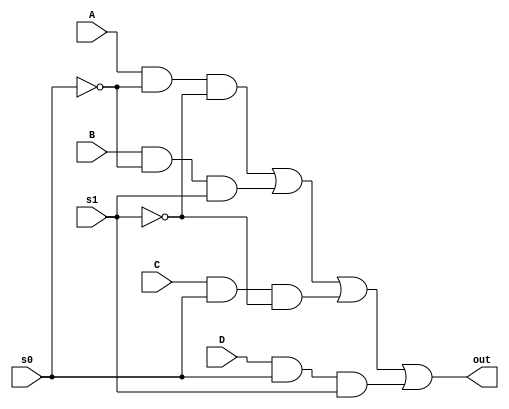
`timescale 1ns / 1ps
//////////////////////////////////////////////////////////////////////////////////
// Company: 
// Engineer: 
// 
// Design Name: 
// Module Name: MUX42
// Project Name: 
// Target Devices: 
// Tool Versions: 
// Description: 
// 
// Dependencies: 
// 
// Revision:
// Revision 0.01 - File Created
// Additional Comments:
// 
//////////////////////////////////////////////////////////////////////////////////


module m41(out, A, B, C, D, s0, s1);

output out;
input A, B, C, D, s0, s1;
wire s0wire, s1wire, w1, w2, w3, w4;

not (s0wire, s0), (s1wire, s1);
and (w1, A, s0wire, s1wire), (w2, B, s0wire, s1),(w3, C, s0, s1wire), (w4, D, s0, s1);
or(out, w1, w2, w3, w4);

endmodule